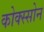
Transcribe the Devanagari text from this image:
कोक्स्सोन